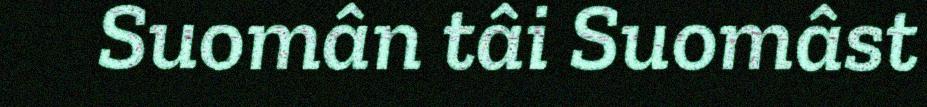
Suomân tâi Suomâst